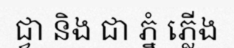
ជ្វា និង ជា ភ្នំ ភ្លើង